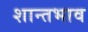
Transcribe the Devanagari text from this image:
शान्तभाव